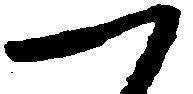
つ